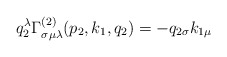
\begin{align*}q_2^\lambda \Gamma _{\sigma \mu \lambda }^{(2)}(p_2,k_1,q_2)=-q_{2\sigma}k_{1\mu }\end{align*}